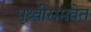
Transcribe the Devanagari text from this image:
पृथ्वीसमवेत